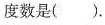
的度数是()。